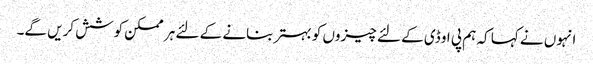
انہوں نے کہا کہ ہم پی او ڈی کے لئے چیزوں کو بہتر بنانے کے لئے ہر ممکن کوشش کریں گے۔